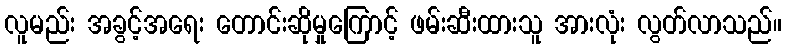
လူမည်း အခွင့်အရေး တောင်းဆိုမှုကြောင့် ဖမ်းဆီးထားသူ အားလုံး လွတ်လာသည်။